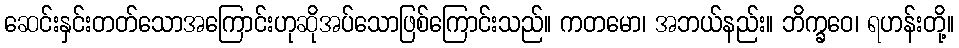
ဆေင်းနှင်းတတ်သောအကြောင်းဟုဆိုအပ်သောဖြစ်ကြောင်းသည်။ ကတမော၊ အဘယ်နည်း။ ဘိက္ခဝေ၊ ရဟန်းတို့။